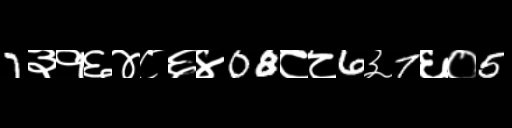
Text: 7३१६४८६४08८८6३7६०5